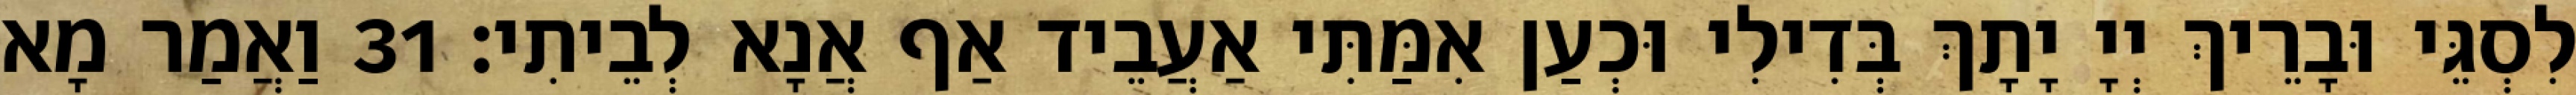
לִסְגֵּי וּבָרֵיךְ יְיָ יָתָךְ בְּדִילִי וּכְעַן אִמַּתִּי אַעֲבֵיד אַף אֲנָא לְבֵיתִי׃ 31 וַאֲמַר מָא